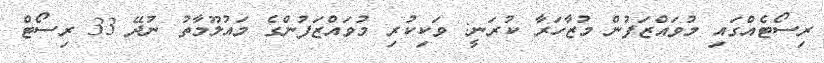
ރިސޯޓެއްގައި މުވައްޒަފުން މުޒާހަރާ ކުރަނީ: ވަކިކުރި މުވައްޒަފުންގެ މައުލޫމާތު ނުދޭ 33 ރިސޯޓް